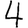
Digit: 4